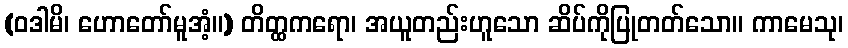
(ဝဒါမိ၊ ဟောတော်မူအံ့။) တိတ္ထကရော၊ အယူတည်းဟူသော ဆိပ်ကိုပြုတတ်သော။ ကာမေသု၊